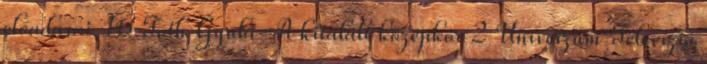
előadásai 16 Tóth Gyula-A kitalált középkor 2 Univerzum Televízió